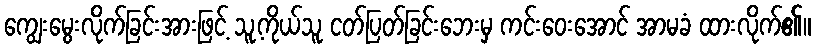
ကျွေးမွေးလိုက်ခြင်းအားဖြင့် သူ့ကိုယ်သူ ငတ်ပြတ်ခြင်းဘေးမှ ကင်းဝေးအောင် အာမခံ ထားလိုက်၏။